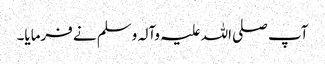
آپ صلی اللہ علیہ وآلہ وسلم نے فرمایا۔